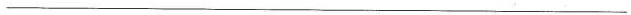
___